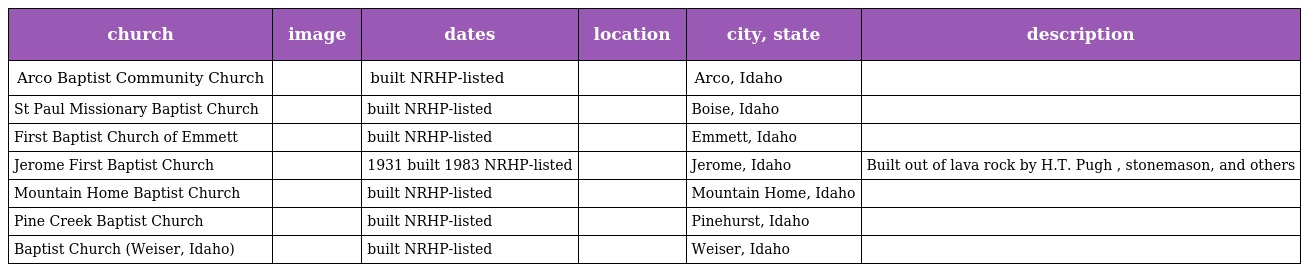
| church | image | dates | location | city, state | description |
 | --- | --- | --- | --- | --- | --- |
 | Arco Baptist Community Church |  | built NRHP-listed |  | Arco, Idaho |  |
 | St Paul Missionary Baptist Church |  | built NRHP-listed |  | Boise, Idaho |  |
 | First Baptist Church of Emmett |  | built NRHP-listed |  | Emmett, Idaho |  |
 | Jerome First Baptist Church |  | 1931 built 1983 NRHP-listed |  | Jerome, Idaho | Built out of lava rock by H.T. Pugh , stonemason, and others |
 | Mountain Home Baptist Church |  | built NRHP-listed |  | Mountain Home, Idaho |  |
 | Pine Creek Baptist Church |  | built NRHP-listed |  | Pinehurst, Idaho |  |
 | Baptist Church (Weiser, Idaho) |  | built NRHP-listed |  | Weiser, Idaho |  |